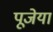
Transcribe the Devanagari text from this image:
पूजेया